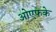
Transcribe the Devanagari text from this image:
ओएफके